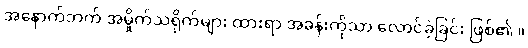
အနောက်ဘက် အမှိုက်သရိုက်များ ထားရာ အခန်းကိုသာ လောင်ခဲ့ခြင်း ဖြစ်၏ ။